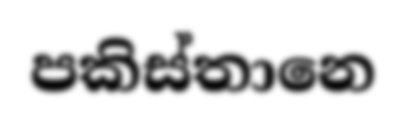
පකිස්තානෙ